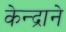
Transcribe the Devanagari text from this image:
केन्द्राने